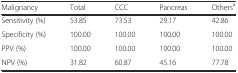
| Malignancy | Total | CCC | Pancreas | Othersa |
 | --- | --- | --- | --- | --- |
 | Sensitivity (%) | 53.85 | 73.53 | 29.17 | 42.86 |
 | Specificity (%) | 100.00 | 100.00 | 100.00 | 100.00 |
 | PPV (%) | 100.00 | 100.00 | 100.00 | 100.00 |
 | NPV (%) | 31.82 | 60.87 | 45.16 | 77.78 |